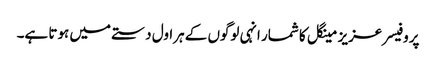
پروفیسر عزیز مینگل کا شمار انہی لوگوں کے ہراول دستے میں ہوتا ہے۔